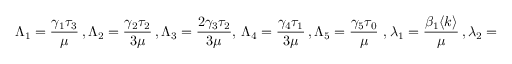
\Lambda _ { 1 } = \frac { \gamma _ { 1 } \tau _ { 3 } } { \mu } \, , \Lambda _ { 2 } = \frac { \gamma _ { 2 } \tau _ { 2 } } { 3 \mu } \, , \Lambda _ { 3 } = \frac { 2 \gamma _ { 3 } \tau _ { 2 } } { 3 \mu } , \, \Lambda _ { 4 } = \frac { \gamma _ { 4 } \tau _ { 1 } } { 3 \mu } \, , \Lambda _ { 5 } = \frac { \gamma _ { 5 } \tau _ { 0 } } { \mu } \, \, , \lambda _ { 1 } = \frac { \beta _ { 1 } \langle k \rangle } { \mu } \, , \lambda _ { 2 } = \frac { \beta _ { 2 } \eta \langle k \rangle } { \mu } \, .